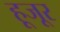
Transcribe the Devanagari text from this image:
हूजूर